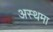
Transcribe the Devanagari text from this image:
अस्‍थमा